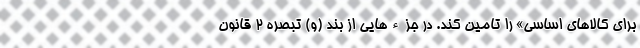
برای کالاهای اساسی» را تامین کند. در جزءهایی از بند (و) تبصره ۲ قانون